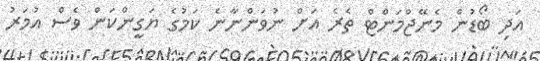
އަދި ބޯޑުން މެނޭޖްމަންޓް ތެރެ އަށް ނުވަންނާނެ ކަމުގެ ޔަގީންކަން ވެސް އުމަރު